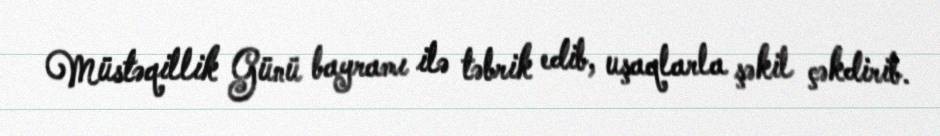
Müstəqillik Günü bayramı ilə təbrik edib, uşaqlarla şəkil çəkdirib.